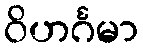
ဝိဟင်္ဂမာ